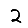
Digit: 2